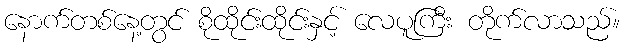
နောက်တစ်နေ့တွင် စိုထိုင်းထိုင်းနှင့် လေပူကြီး တိုက်လာသည်။